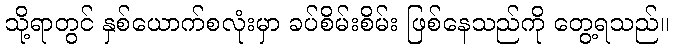
သို့ရာတွင် နှစ်ယောက်စလုံးမှာ ခပ်စိမ်းစိမ်း ဖြစ်နေသည်ကို တွေ့ရသည်။